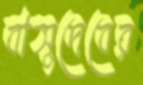
বাসুদেবের